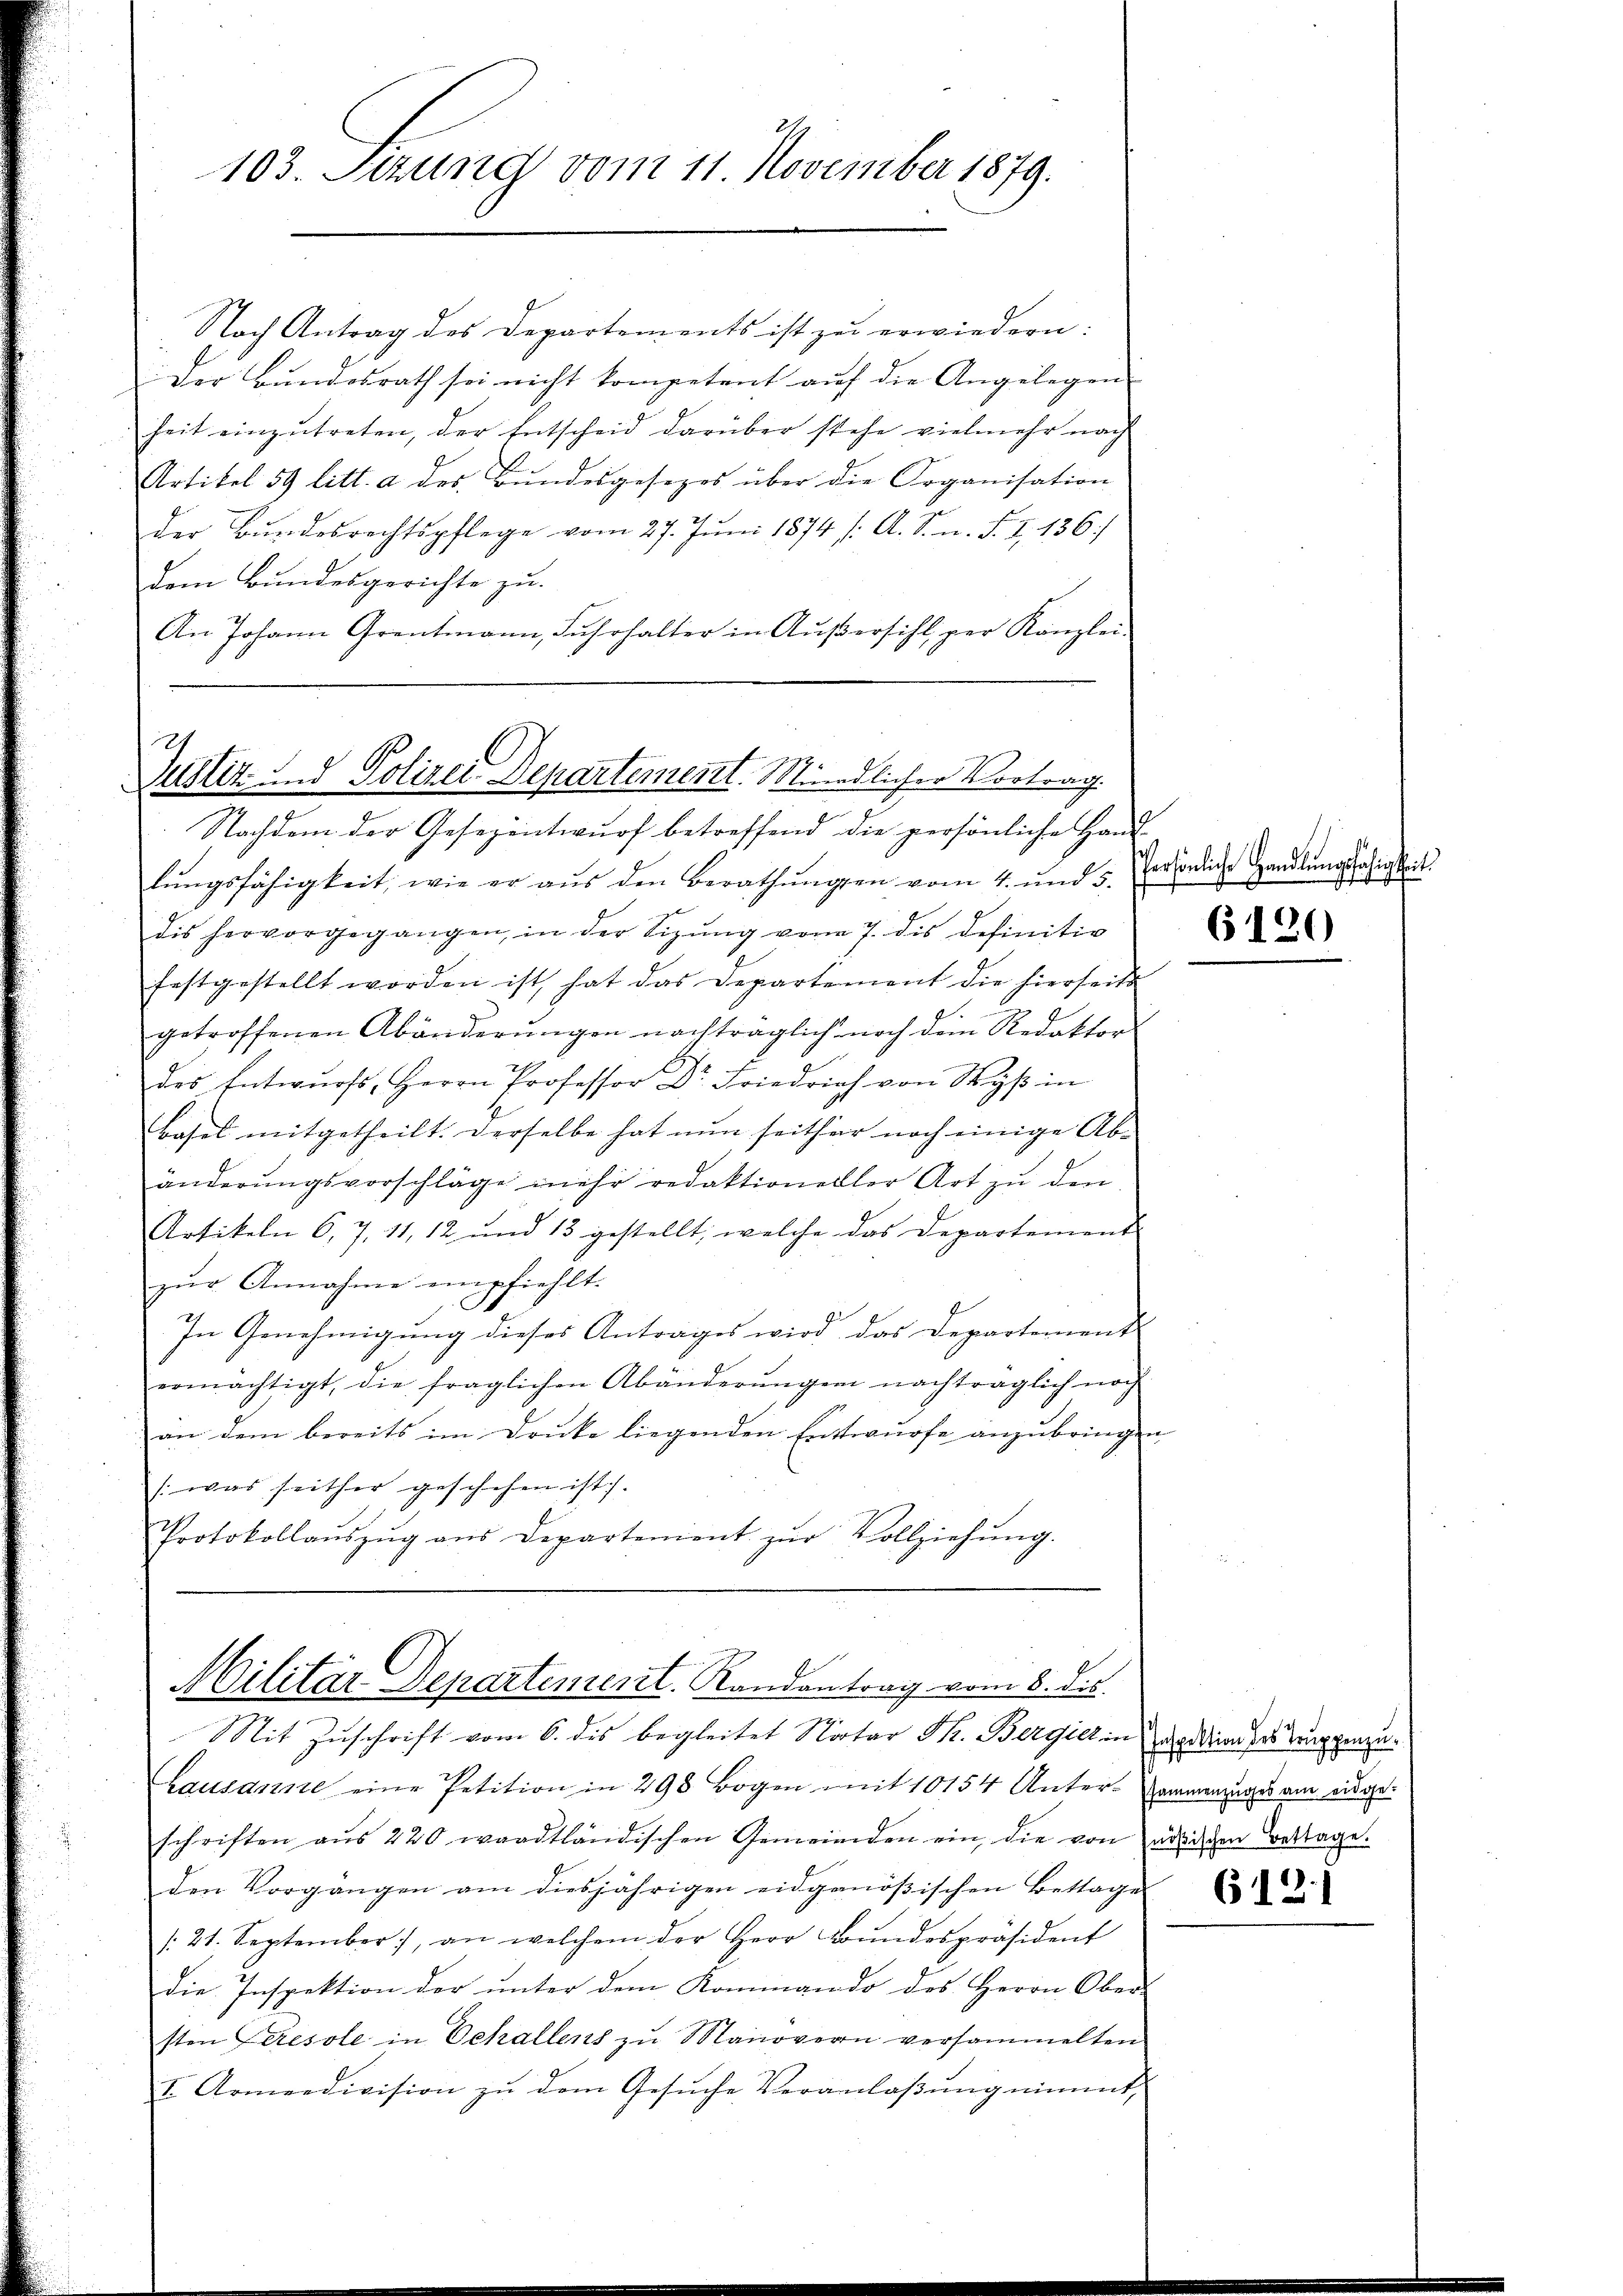
103. Setzung vom 11. November 1879.

Justiz und Polizei Departement. Mündlicher Vortrag.

Nach Antrag des Departements ist zu erwiedern:
Der Bundesrath sei nicht kompetent auf die Angelegen
heit einzŭtreten, der Entscheid darüber stehe vielmehr nach
Artikel 59 litt. a des Bundesgesezes über die Organisation
der Bŭndesrechtspflege vom 27. Jŭni 1874 /: A. S. n. F. I 136/
dem Bundesgerichte zu.
An Johann Grentmann, Fŭhrhalter in Aŭβersihl per Kanzlei-
Nachdem der Gesezentwurf betreffend die persönliche Han-
lŭngsfähigkeit, wie er aŭs den Berathŭngen vom 4. und 5.
dis hervorgegangen, in der Sizŭng vom 7. dis definitiv
festgestellt worden ist, hat das Departement die hierseits
getroffenen Abänderŭngen nachträglich noch dem Redaktor
des Entwurfs, Herrn Professor Dr. Friedrich von Wyβ in
Basel mitgetheilt. Derselbe hat nun seither noch einige Ab-
änderŭngsvorschläge mehr redaktioneller Art zŭ den
Artikeln 6, 7, 11, 12 und 13 gestellt, welche das Departement
zur Annahme empfiehlt.
In Genehmigung dieses Antrages wird das Departement
ermächtigt, die fraglichen Abänderŭngen nachträglich noch
an dem bereits im Druke liegenden Entwurfe anzubring
(was seither geschehen ist.
Protokollaŭszŭg ans Departement zŭr Vollziehŭng.

Militär Departement. Randantrag vom 8. ds.
Mit Zuschrift vom 6. des begleitet Notar Th. Bergier in apodien des Bingerneu¬

2
Persönliche Handlŭngsfähigkeit.

Lausanne eine Petition in 298 Bogen mit 10154 Untersammenzuges am eidgeschriften aŭs 220 waadtländischen Gemeinden ein, die von ädischen Bettage.
den Vorgängen am diesjährigen eidgenößischen Bettage
/:21. September), an welchem der Herr Bŭndespräsident
die Inspektion der unter dem Kommando des Herrn Ober-
sten Seresole in Schallens zu Manovern versammelten
I. Armeedivision zŭ dem Gesŭche Veranlaβŭng nimmt,

6120

6121